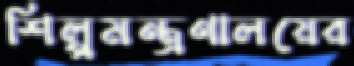
শিল্পমন্ত্রণালয়ের